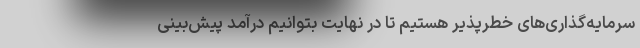
سرمایه‌گذاری‌های خطرپذیر هستیم تا در نهایت بتوانیم درآمد پیش‌بینی